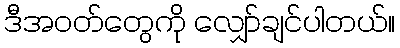
ဒီအဝတ်တွေကို လျှော်ချင်ပါတယ်။